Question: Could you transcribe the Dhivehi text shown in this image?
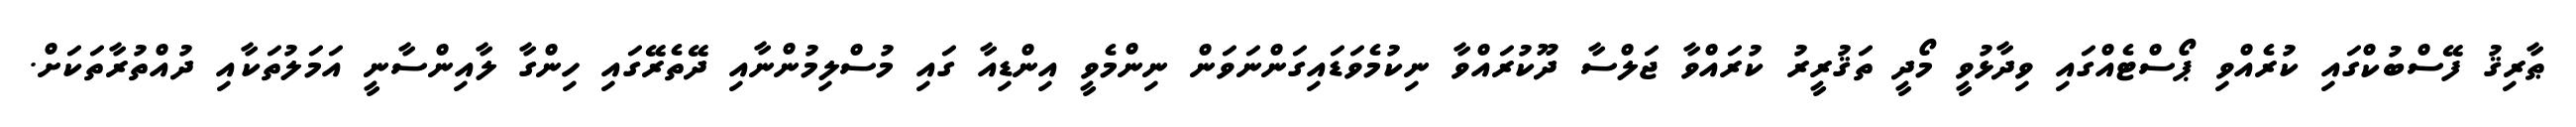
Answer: ޠާރިޤު ފޭސްބުކްގައި ކުރެއްވި ޕޯސްޓެއްގައި ވިދާޅުވީ މޯދީ ތަޤުރީރު ކުރައްވާ ޖަލްސާ ދޫކުރައްވާ ނިކުމެވަޑައިގަންނަވަން ނިންމެވީ އިންޑިއާ ގައި މުސްލިމުންނާއި ދޭތެރޭގައި ހިންގާ ލާއިންސާނީ އަމަލުތަކާއި ދުއްތުރާތަކަށް.